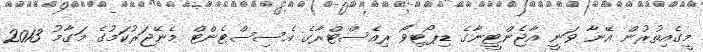
މީގެއިތުރުން އޭނާ ވަނީ އާޖެންޓީނާގެ ޑިޕޯޓިވޯ ރިއެސްޓްރާގެ އެސިސްޓެންޓް މެނޭޖަރުކަމުގެ މަގާމު 2013